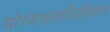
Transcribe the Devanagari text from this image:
योग्यकर्तासोबत